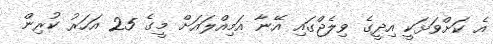
އެ ކަށްވަޅަކީ އިދީގެ ވިލެޖްގައި އޭނާ އަމިއްލައަށް މީގެ 25 އަހަރު ކުރިން